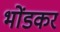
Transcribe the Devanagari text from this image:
भोंडकर